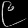
Digit: ၉